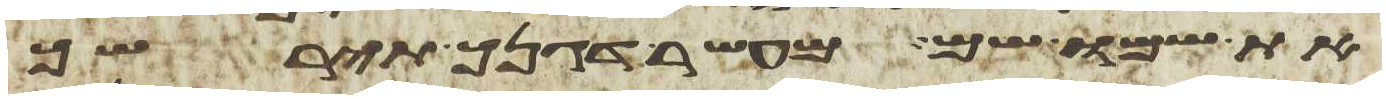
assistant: את שמו שם מעשר דגנך תירשך